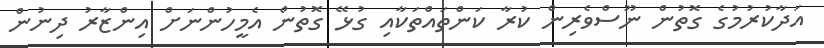
އަދާކުރުމުގެ ގޮތުން ނޫސްވެރިން ކުރާ ކަންތައްތަކާއި ގުޅޭ ގޮތުން އެމީހުންނަށް އިންޒާރު ދިނުން